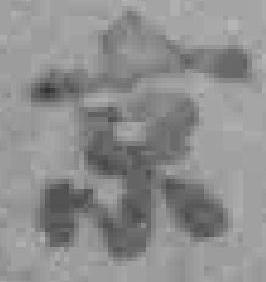
京